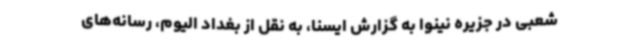
شعبی در جزیره نینوا به گزارش ایسنا، به نقل از بغداد الیوم، رسانه‌های